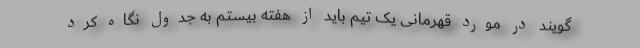
‌گویند در مورد قهرمانی یک تیم باید از هفته ‌بیستم به جدول نگاه کرد